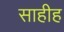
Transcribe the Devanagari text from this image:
साहीह